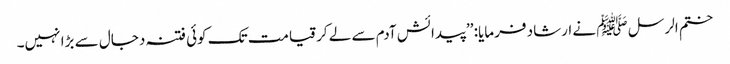
ختم الرسل ﷺ نے ارشاد فرمایا: ’’پیدائش آدم سے لے کر قیامت تک کوئی فتنہ دجال سے بڑا نہیں۔